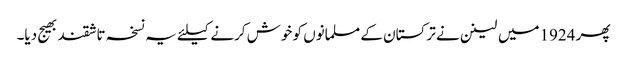
پھر 1924میں لینن نے ترکستان کے مسلمانوں کو خوش کرنے کیلئے یہ نسخہ تاشقند بھیج دیا۔